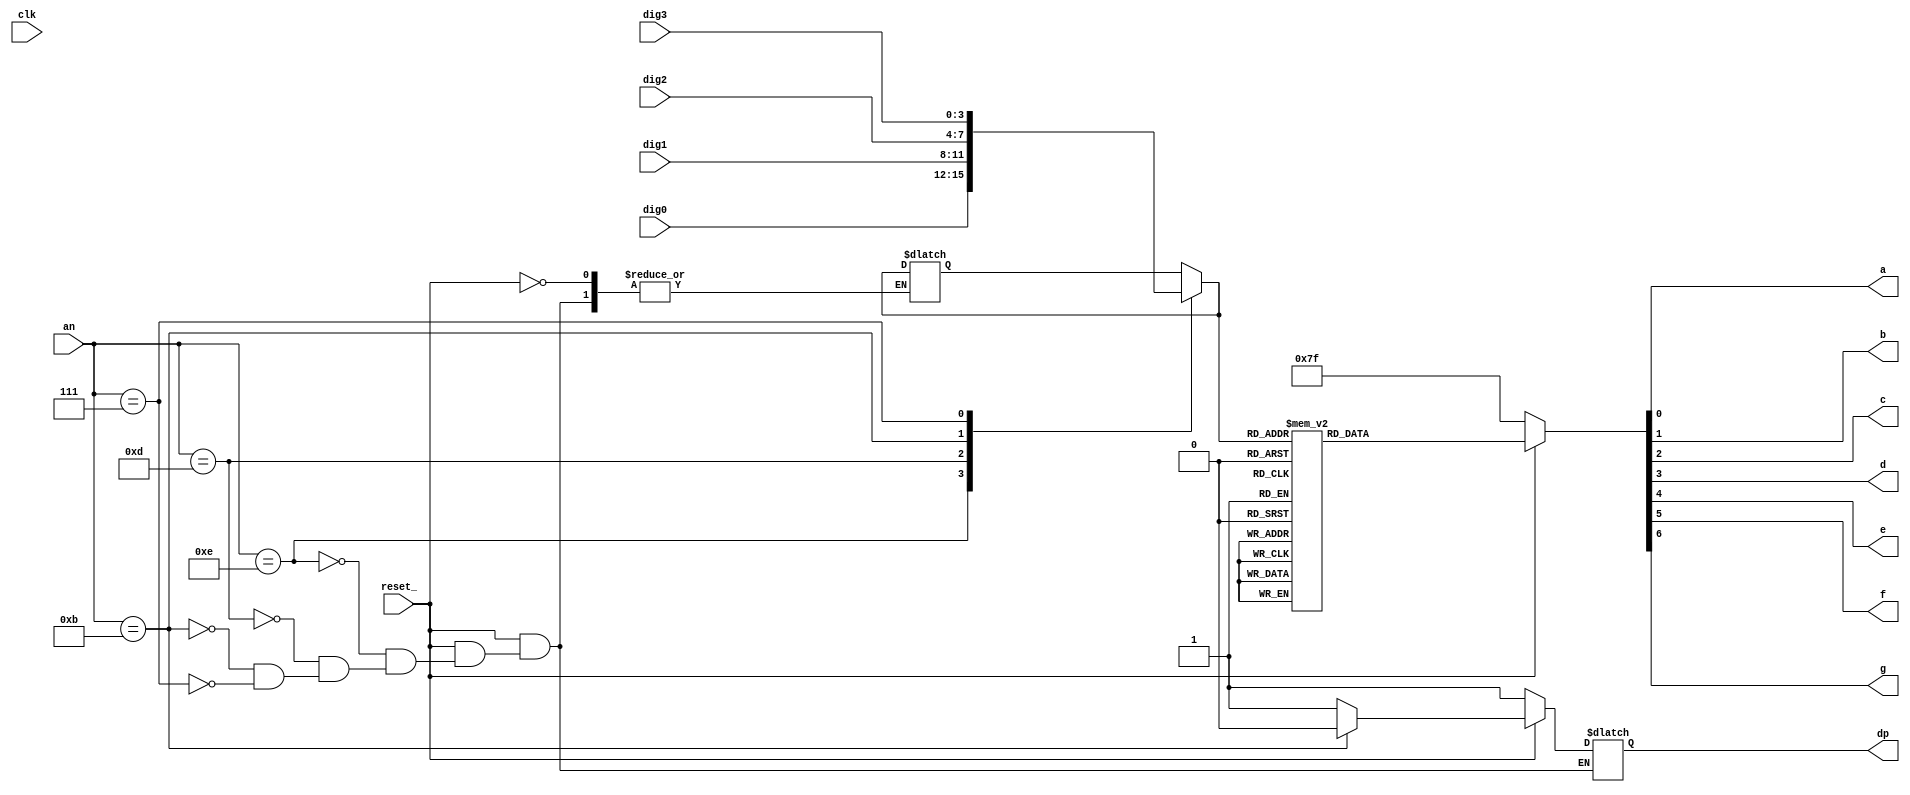
module displayCase (clk,dig0,dig1,dig2,dig3,an,reset_,a,b,c,d,e,f,g,dp);


// ******* Intrari *****
input clk;
input [3:0] dig0, dig1,dig2,dig3,an;
input reset_;
// ******* Iesiri ****
output a,b,c,d,e,f,g,dp;

reg [3:0] vector;
reg [6:0] cifra;
reg dpR;


assign  {g, f, e, d, c, b, a} = cifra;  // -------- concatenare catozi -------
assign dp = dpR;


always @(*)     // ---------- Cazuri la anod --------
	begin
if(!reset_)
	begin
		cifra = 7'b1111111;
		dpR   = 1'b1;
	end
	else
		begin
			case(an)
				4'b1110: begin // modifica bitii
							vector = dig0;
							dpR = 1'b1;
						end
						
				4'b1101: begin 
							vector = dig1;
							dpR = 1'b1;
						end
						
				4'b1011: begin 
							vector = dig2;
							dpR = 1'b0;
						end
				4'b0111: begin 
							vector = dig3;
							dpR = 1'b1;
						end
			endcase
			case(vector) // aici era FF, asa mi-a zis Dorin
				4'd0 : cifra = 7'b1000000;
				4'd1 : cifra = 7'b1111001;
				4'd2 : cifra = 7'b0100100;
				4'd3 : cifra = 7'b0110000;
				4'd4 : cifra = 7'b0011001;
				4'd5 : cifra = 7'b0010010;
				4'd6 : cifra = 7'b0000010;
				4'd7 : cifra = 7'b1111000;
				4'd8 : cifra = 7'b0000000;
				4'd9 : cifra = 7'b0010000;
				default : cifra = 7'b0111111; //dash
			endcase
		end
end

endmodule